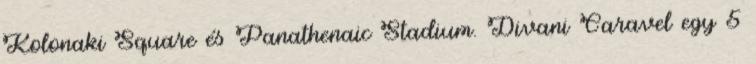
Kolonaki Square és Panathenaic Stadium. Divani Caravel egy 5